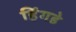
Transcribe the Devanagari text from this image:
हिंगडे